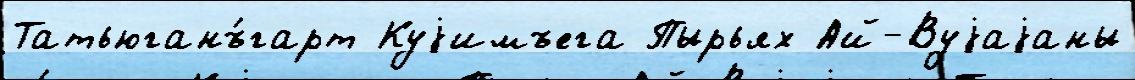
Татьюганъ́гарт Куjимъега Пырьях Ай-Вуjаjаны